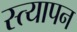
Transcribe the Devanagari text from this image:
स्त्यापन